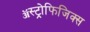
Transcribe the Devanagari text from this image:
ॲस्ट्रोफिजिक्स